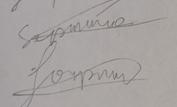
Signature authenticity: forged